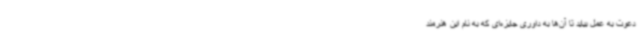
دعوت به عمل بیاید تا آن‌ها به داوری جایزه‌ای که به نام این هنرمند